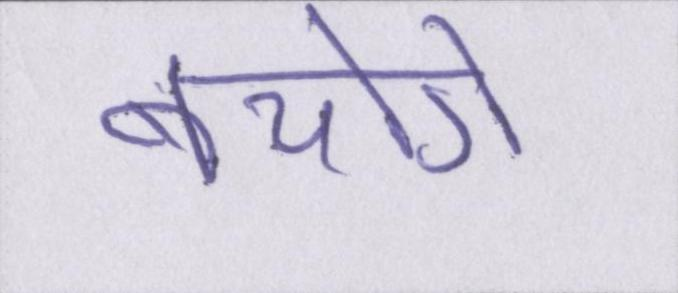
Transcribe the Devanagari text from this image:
बचोगे